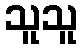
သူသူ